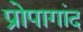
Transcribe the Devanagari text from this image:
प्रोपागांद